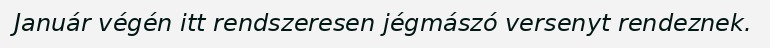
Január végén itt rendszeresen jégmászó versenyt rendeznek.